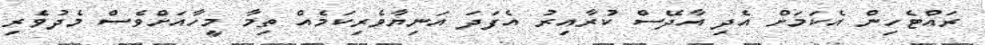
ރައްޓެހިން އެކަމަށް އެދި އާދޭސް ކުރާއިރު އެފަދަ އަނިޔާވެރިކަމެއް ތިމާ މީހާއަށްވެސް މެދުވެރި